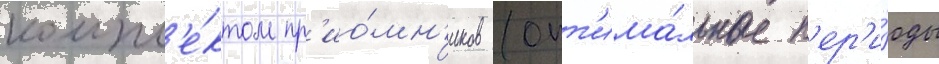
компл'е́ктом пр'ио́мн'иков (опт'има́льные п'ер'и́оды